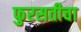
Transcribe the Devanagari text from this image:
फुरसतीचा